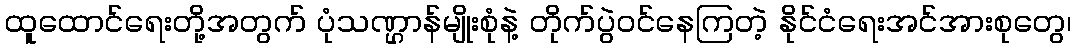
ထူထောင်ရေးတို့အတွက် ပုံသဏ္ဌာန်မျိုးစုံနဲ့ တိုက်ပွဲဝင်နေကြတဲ့ နိုင်ငံရေးအင်အားစုတွေ၊